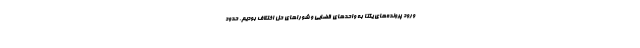
ورود پرونده‌های یکتا به واحدهای قضایی و شوراهای حل اختلاف بودیم. حدود